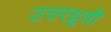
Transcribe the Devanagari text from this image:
उत्तरध्रुवी